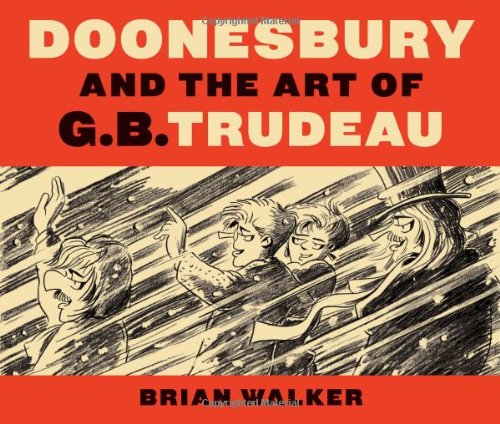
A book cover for Doonesbury and the Art of G.B. Trudeau; Brian Walker; Comics & Graphic Novels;